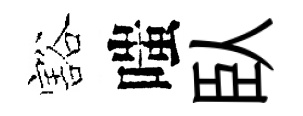
豁嗤臥